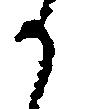
か